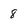
Character: 8